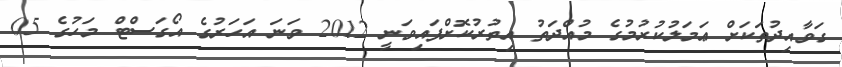
ގަވާއިދުތަކަށް ޢަމަލުކުރުމުގެ މުއްދަތު އިތުރުކޮށްފައިވަނީ 2012 ވަނަ އަހަރުގެ އޯގަސްޓް މަހުގެ 05